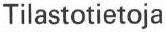
Tilastotietoja